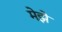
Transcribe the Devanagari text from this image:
मेझे